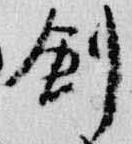
創